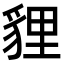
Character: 貍